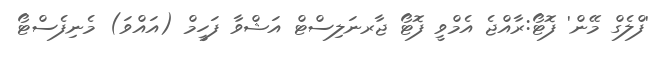
'ފްލެގް މޭން' ފޮޓޯ:ރާއްޖެ އެމްވީ ފޮޓޯ ޖާރނަލިސްޓް އަޝްވާ ފަހީމް (އައްވަ) މެނިފެސްޓޯ